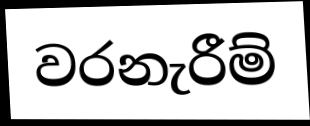
වරනැරීම්